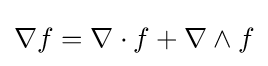
\nabla f=\nabla \cdot f+\nabla \wedge f